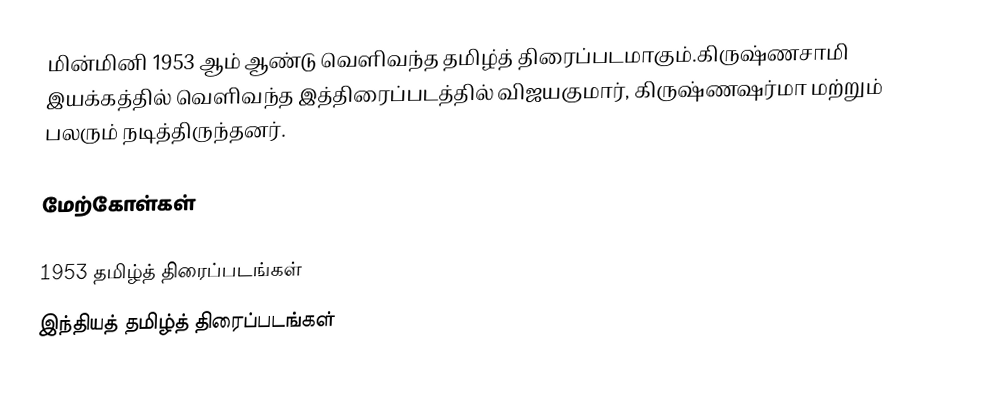
மின்மினி 1953 ஆம் ஆண்டு வெளிவந்த தமிழ்த் திரைப்படமாகும்.கிருஷ்ணசாமி இயக்கத்தில் வெளிவந்த இத்திரைப்படத்தில் விஜயகுமார், கிருஷ்ணஷர்மா மற்றும் பலரும் நடித்திருந்தனர்.

மேற்கோள்கள்

1953 தமிழ்த் திரைப்படங்கள்
இந்தியத் தமிழ்த் திரைப்படங்கள்